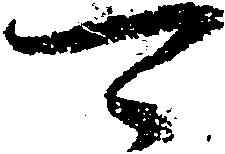
可